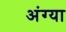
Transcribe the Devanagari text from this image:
अंग्या